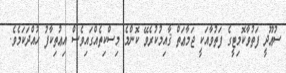
ސުޢޫދީ ފަތުވާކޮމިޓީގެ ފަތުވާއަކީ ޖަމާޢަތް ޤާއިމުކުރެވޭ ކޮންމެ މިސްކިތެއްގައިވެސް އިޢުތިކާފު ހުއްދަކަމެވެ.